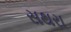
સથરા